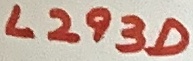
Text: L293D